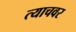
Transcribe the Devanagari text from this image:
त्याचवर